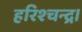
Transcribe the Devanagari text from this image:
हरिश्चन्द्र।